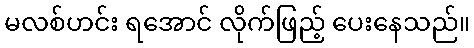
မလစ်ဟင်း ရအောင် လိုက်ဖြည့် ပေးနေသည်။